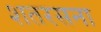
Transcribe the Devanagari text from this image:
शतरसना